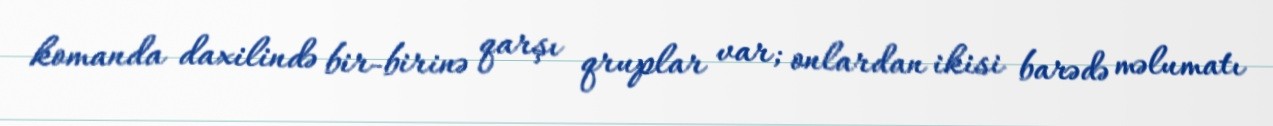
komanda daxilində bir-birinə qarşı qruplar var; onlardan ikisi barədə məlumatı